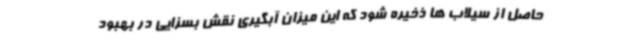
حاصل از سیلاب ها ذخیره شود که این میزان آبگیری نقش بسزایی در بهبود